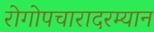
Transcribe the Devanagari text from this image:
रोगोपचारादरम्यान